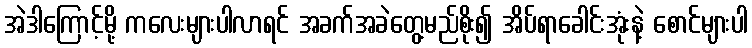
အဲဒါကြောင့်မို့ ကလေးများပါလာရင် အခက်အခဲတွေ့မည်စိုး၍ အိပ်ရာခေါင်းအုံးနဲ့ စောင်များပါ